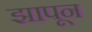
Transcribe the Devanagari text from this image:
झापून